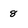
Character: 8